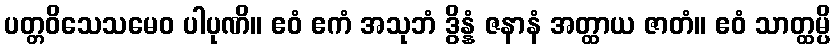
ပတ္တဝိသေသမေဝ ပါပုဏိ။ ဧဝံ ဧကံ အသုဘံ ဒွိန္နံ ဇနာနံ အတ္ထာယ ဇာတံ။ ဧဝံ သာတ္ထမ္ပိ